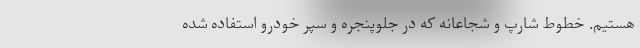
هستیم. خطوط شارپ و شجاعانه که در جلوپنجره و سپر خودرو استفاده شده